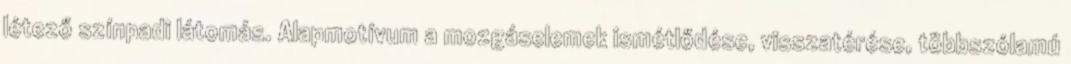
létező színpadi látomás. Alapmotívum a mozgáselemek ismétlődése, visszatérése, többszólamú